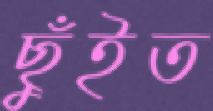
ছুঁইত